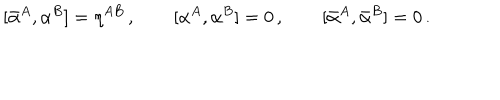
[ \bar { \alpha } ^ { A } , \alpha ^ { B } ] = \eta ^ { A B } \, , \qquad [ \alpha ^ { A } , \alpha ^ { B } ] = 0 \, , \qquad [ \bar { \alpha } ^ { A } , \bar { \alpha } ^ { B } ] = 0 \, .